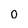
Character: 0